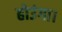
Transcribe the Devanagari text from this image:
होउंगा।